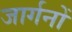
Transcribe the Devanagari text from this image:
जार्गनों